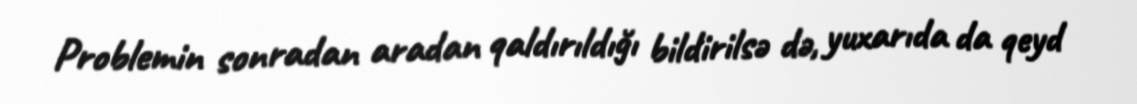
Problemin sonradan aradan qaldırıldığı bildirilsə də, yuxarıda da qeyd